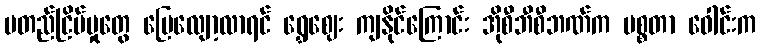
မတည်ငြိမ်မှုတွေ ပြေလျော့လာရင် ရွှေဈေး ကျနိုင်ကြောင်း အိုစီဘီစီဘဏ်က မစ္စတာ ဝေါင်းက